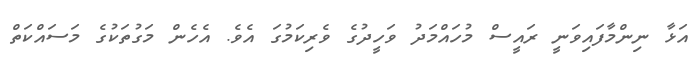
އަޅާ ނިންމާފައިވަނީ ރައީސް މުހައްމަދު ވަހީދުގެ ވެރިކަމުގަ އެވެ. އެެހެން މަގުތަކުގެ މަސައްކަތް